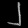
Digit: ၂